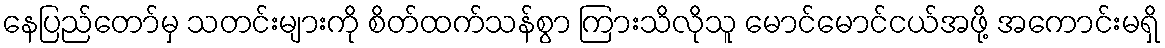
နေပြည်တော်မှ သတင်းများကို စိတ်ထက်သန်စွာ ကြားသိလိုသူ မောင်မောင်ငယ်အဖို့ အကောင်းမရှိ